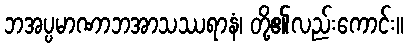
ဘအပ္ပမာဏာဘအာသဿရာနံ၊ တို့၏လည်းကောင်း။